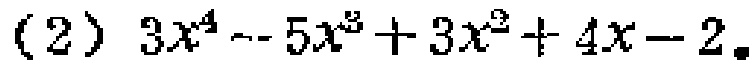
(2) \(3x^{4}-5x^{3}+3x^{2}+4x - 2\)